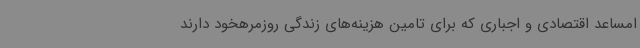
امساعد اقتصادی و اجباری که برای تامین هزینه‌های زندگی روزمرهخود دارند